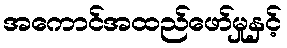
အကောင်အထည်ဖော်မှုနှင့်